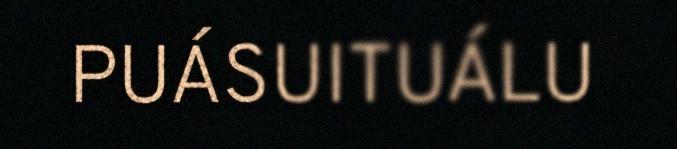
PUÁSUITUÁLU